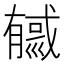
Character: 㦽